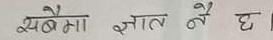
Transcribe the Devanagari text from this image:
यसैमा ज्ञात नै छ।